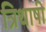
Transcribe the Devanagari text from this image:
त्रिथाषी